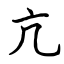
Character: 亢